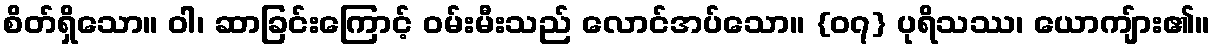
စိတ်ရှိသော။ ဝါ၊ ဆာခြင်းကြောင့် ဝမ်းမီးသည် လောင်အပ်သော။ {၀၇} ပုရိသဿ၊ ယောကျ်ား၏။